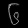
Digit: ၆